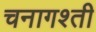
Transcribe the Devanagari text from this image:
चनागश्ती